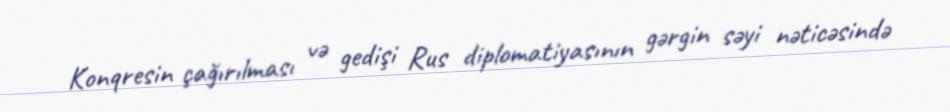
Konqresin çağırılması və gedişi Rus diplomatiyasının gərgin səyi nəticəsində